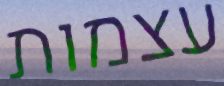
עצמות